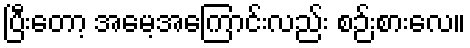
ပြီးတော့ အမေ့အကြောင်းလည်း စဉ်းစားလေ။